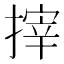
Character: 𢲟